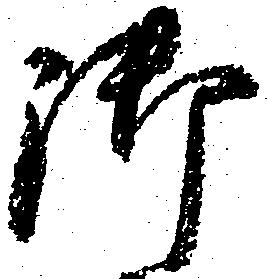
御